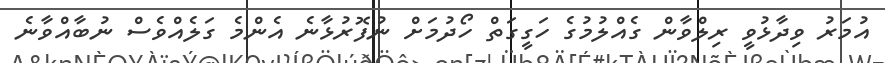
އުމަރު ވިދާޅުވީ ރިލްވާން ގެއްލުމުގެ ހަގީގަތް ހޯދުމަށް ނުފޮރުޅާނެ އެންމެ ގަލެއްވެސް ނުބާއްވާނެ